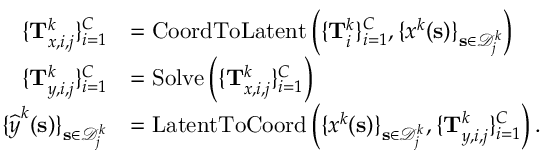
\begin{array} { r l } { \{ \mathbf { T } _ { \boldsymbol { x } , i , j } ^ { k } \} _ { i = 1 } ^ { C } } & { = \operatorname { C o o r d T o L a t e n t } \left( \{ \mathbf { T } _ { i } ^ { k } \} _ { i = 1 } ^ { C } , \{ \boldsymbol { x } ^ { k } ( \mathbf { s } ) \} _ { \mathbf { s } \in \mathcal { D } _ { j } ^ { k } } \right) } \\ { \{ \mathbf { T } _ { \boldsymbol { y } , i , j } ^ { k } \} _ { i = 1 } ^ { C } } & { = \operatorname { S o l v e } \left( \{ \mathbf { T } _ { \boldsymbol { x } , i , j } ^ { k } \} _ { i = 1 } ^ { C } \right) } \\ { \{ \boldsymbol { { \widehat { y } } } ^ { k } ( \mathbf { s } ) \} _ { \mathbf { s } \in \mathcal { D } _ { j } ^ { k } } } & { = \operatorname { L a t e n t T o C o o r d } \left( \{ \boldsymbol { x } ^ { k } ( \mathbf { s } ) \} _ { \mathbf { s } \in \mathcal { D } _ { j } ^ { k } } , \{ \mathbf { T } _ { \boldsymbol { y } , i , j } ^ { k } \} _ { i = 1 } ^ { C } \right) . } \end{array}